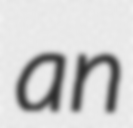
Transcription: an